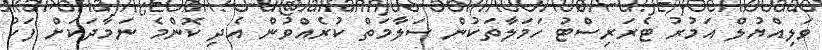
ވަލިއްޔުލް އަމުރު ޓެރަރިސްޓު ހަމަލާތަކުން ސަލާމަތް ކުރެއްވުން އެދި ކޮންމެ ނަމާދަކަށް ފަހު